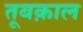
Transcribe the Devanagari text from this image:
तूबक़ाल